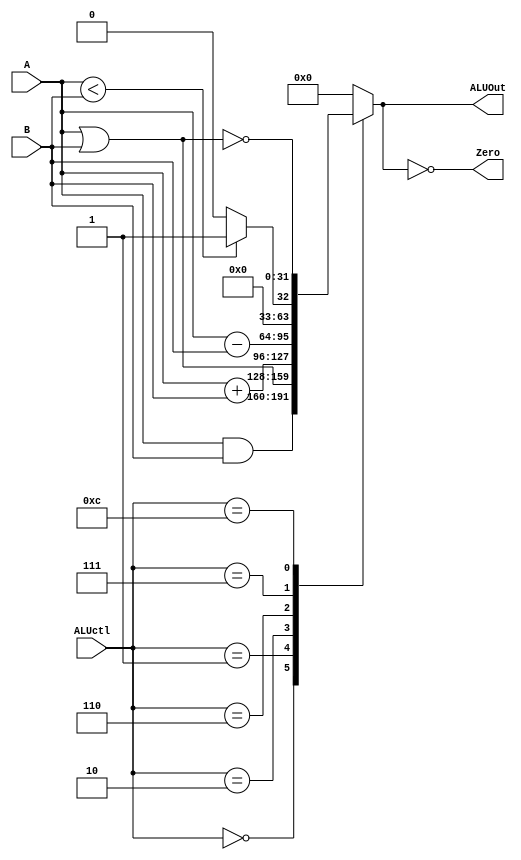
// 0410893

module ALU (ALUctl, A, B, ALUOut, Zero);
   input [4-1:0] ALUctl;
   input signed [32-1:0] A,B;
   output reg [32-1:0] ALUOut;
   output Zero;
   assign Zero = (ALUOut == 0);
   always @(ALUctl, A, B) begin
      case (ALUctl)
	0: ALUOut <= A & B;
	1: ALUOut <= A | B;
	2: ALUOut <= A + B;
	6: ALUOut <= A - B;
	7: ALUOut <= A < B ? 1 : 0;
	12: ALUOut <= ~(A | B);
	default: ALUOut <= 0;
      endcase
    end
endmodule